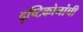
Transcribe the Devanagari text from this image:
दृष्टिकोनांची